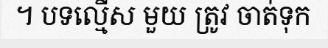
។ បទល្មើស មួយ ត្រូវ ចាត់ទុក